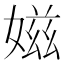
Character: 𡞰